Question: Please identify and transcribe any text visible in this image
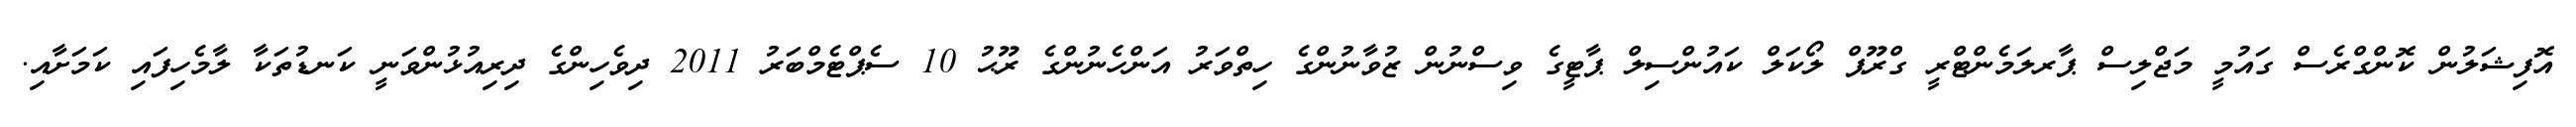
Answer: އޮފިޝަލުން ކޮންގްރެސް ގައުމީ މަޖްލިސް ޕާރލަމެންޓްރީ ގްރޫޕް ލޯކަލް ކައުންސިލް ޕާޓީގެ ވިސްނުން ޒުވާނުންގެ ހިތްވަރު އަންހެނުންގެ ރޫޙު 10 ސެޕްޓެމްބަރު 2011 ދިވެހިންގެ ދިރިއުޅުންވަނީ ކަނޑުތަކާ ލާމެހިފައި ކަމަށާއި.